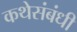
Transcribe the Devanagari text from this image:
कथेसंबंधी